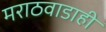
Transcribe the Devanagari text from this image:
मराठवाडाही